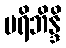
ပရိဘိန္ဒိ